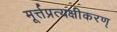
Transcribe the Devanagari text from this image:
मूर्त्तप्रत्यक्षीकरण्